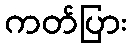
ကတ်ပြား